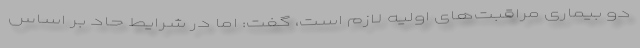
دو بیماری مراقبت‌های اولیه لازم است، گفت: اما در شرایط حاد بر اساس